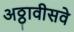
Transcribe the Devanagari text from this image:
अठ्ठावीसवे